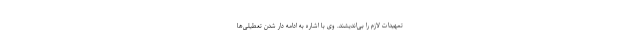
تمهیدات لازم را بی‌اندیشند. وی با اشاره به ادامه دار شدن تعطیلی‌ها